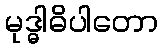
မုဒ္ဓါဓိပါတော